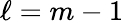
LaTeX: \ell=m-1